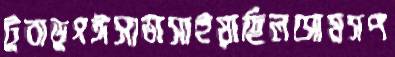
টুবাডুগঈসাভাসাইয়াছিলসোমসপ